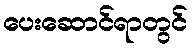
ပေးဆောင်ရာတွင်